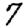
Digit: 7